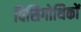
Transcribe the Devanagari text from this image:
विसिगोथिकों